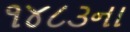
૧૪૮૩ના